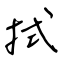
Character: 拭